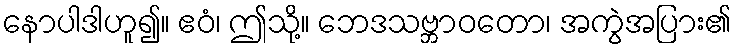
နောပါဒါဟူ၍။ ဧဝံ၊ ဤသို့။ ဘေဒသဗ္ဘာဝတော၊ အကွဲအပြား၏